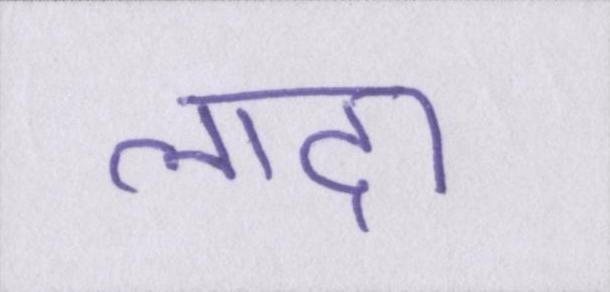
लादा